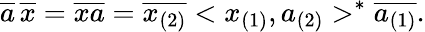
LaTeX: \overline{{{a}}}\, \overline{{{x}}}=\overline{{{xa}}}=\overline{{{x_{(2)}}}}<x_{(1)},a_{(2)}>^{*}\overline{{{a_{(1)}}}}.